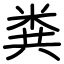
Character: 粪